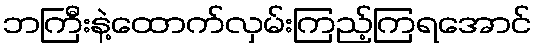
ဘကြီးနဲ့ထောက်လှမ်းကြည့်ကြရအောင်